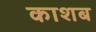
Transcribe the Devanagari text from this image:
काशब